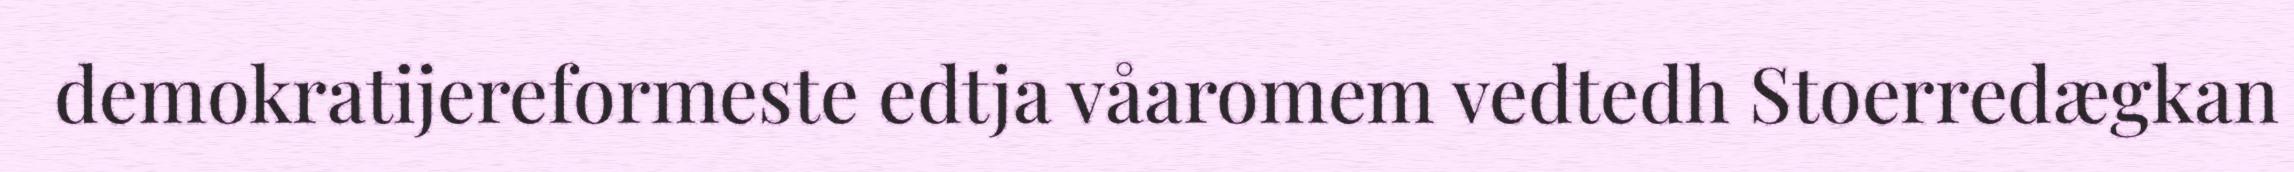
demokratijereformeste edtja våaromem vedtedh Stoerredægkan